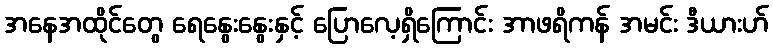
အနေအထိုင်တွေ ရေနွေးနွေးနှင့် ပြောလေ့ရှိကြောင်း အာဖရိကန် အမင်း ဒီယားဟ်